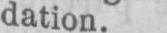
dation.